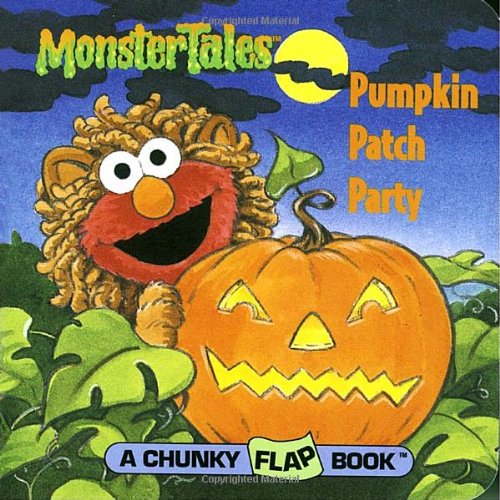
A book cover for Pumpkin Patch Party (A Chunky Flap Book); Stephanie St. Pierre; Children's Books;